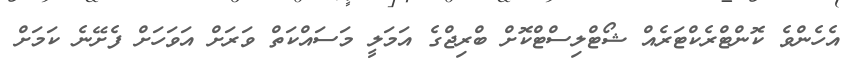
އެހެންވެ ކޮންޓްރެކްޓަރެއް ޝޯޓްލިސްޓްކޮށް ބްރިޖްގެ އަމަލީ މަސައްކަތް ވަރަށް އަވަަހަށް ފެށޭނެ ކަމަށް